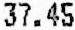
37.45